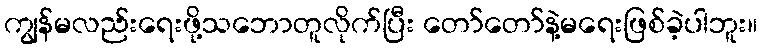
ကျွန်မလည်းရေးဖို့သဘောတူလိုက်ပြီး တော်တော်နဲ့မရေးဖြစ်ခဲ့ပါဘူး။